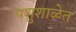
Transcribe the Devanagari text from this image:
पशुशाळेत